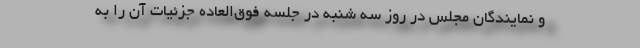
و نمایندگان مجلس در روز سه شنبه در جلسه فوق‌العاده جزئیات آن را به